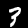
Label: 3